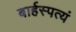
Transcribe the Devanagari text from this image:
बार्हस्पत्यं